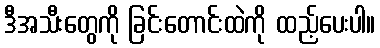
ဒီအသီးတွေကို ခြင်းတောင်းထဲကို ထည့်ပေးပါ။